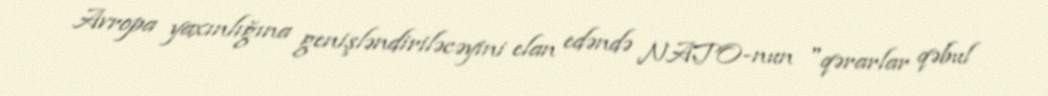
Avropa yaxınlığına genişləndiriləcəyini elan edəndə NATO-nun "qərarlar qəbul